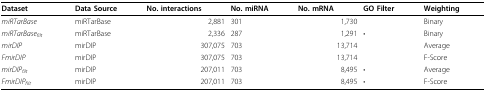
<table><thead><tr><td><b>Dataset</b></td><td><b>Data Source</b></td><td><b>No. interactions</b></td><td><b>No. miRNA</b></td><td><b>No. mRNA</b></td><td><b>GO Filter</b></td><td><b>Weighting</b></td></tr></thead><tbody><tr><td><i>miRTarBase </i></td><td>miRTarBase</td><td>2,881</td><td>301</td><td>1,730</td><td></td><td>Binary</td></tr><tr><td><i>miRTarBase<sub>filt </sub></i></td><td>miRTarBase</td><td>2,336</td><td>287</td><td>1,291</td><td>•</td><td>Binary</td></tr><tr><td><i>mirDIP </i></td><td>mirDIP</td><td>307,075</td><td>703</td><td>13,714</td><td></td><td>Average</td></tr><tr><td><i>FmirDIP </i></td><td>mirDIP</td><td>307,075</td><td>703</td><td>13,714</td><td></td><td>F-Score</td></tr><tr><td><i>mirDIP<sub>filt </sub></i></td><td>mirDIP</td><td>207,011</td><td>703</td><td>8,495</td><td>•</td><td>Average</td></tr><tr><td><i>FmirDIP<sub>filt </sub></i></td><td>mirDIP</td><td>207,011</td><td>703</td><td>8,495</td><td>•</td><td>F-Score</td></tr></tbody></table>